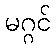
မဂ္ဂင်